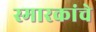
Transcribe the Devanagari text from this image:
स्‍मारकांचे